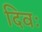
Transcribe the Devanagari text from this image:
दिवः